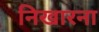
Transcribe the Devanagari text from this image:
निखारना